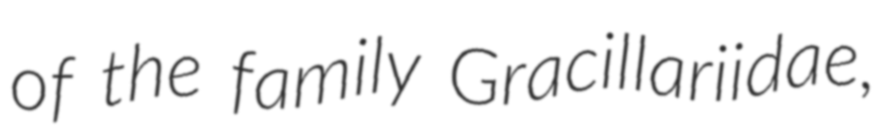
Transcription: of the family Gracillariidae,